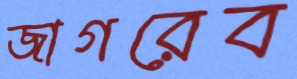
জাগরেব